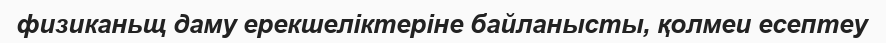
физиканьщ даму ерекшеліктеріне байланысты, қолмеи есептеу